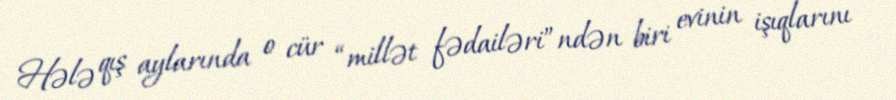
Hələ qış aylarında o cür “millət fədailəri”ndən biri evinin işıqlarını